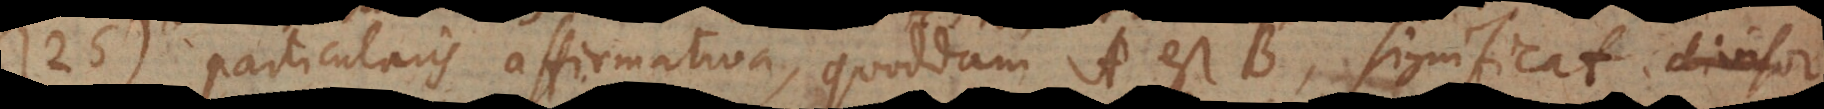
125) Particularis affirmativa, quoddam A est B, significat divisor